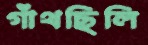
গাঁথছিলি